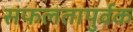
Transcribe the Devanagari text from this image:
सफलतापुर्वक